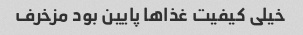
خیلی کیفیت غذاها پایین بود مزخرف